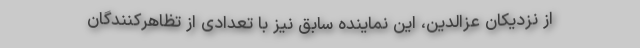
از نزدیکان عزالدین، این نماینده سابق نیز با تعدادی از تظاهرکنندگان